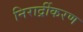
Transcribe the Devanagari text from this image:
निरार्द्रीकरण